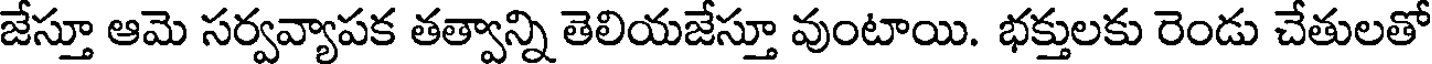
జేస్తూ ఆమె సర్వవ్యాపక తత్వాన్ని తెలియజేస్తూ వుంటాయి. భక్తులకు రెండు చేతులతో